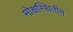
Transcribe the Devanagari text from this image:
मोक्षस्थितीत